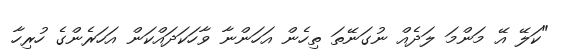
"ކަލޭ އޭ މަންމަ ލަދެއް ނުގަނޭތަ ތިހެން އަހަންނާ ވާހަކަދައްކަން އަހަރެންގެ ހުރިހާ